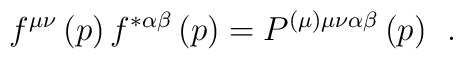
f^{\mu \nu }\left( p\right) f^{*\alpha \beta }\left( p\right)=P^{(\mu )\mu \nu \alpha \beta }\left( p\right) \;\,.